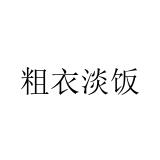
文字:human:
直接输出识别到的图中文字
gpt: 粗衣淡饭